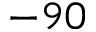
- 9 0